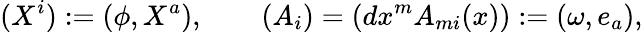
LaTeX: (X^{i}):=(\phi,X^{a}),\qquad(A_{i})=(dx^{m}A_{mi}(x)):=(\omega,e_{a}),